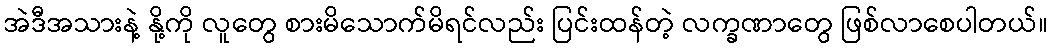
အဲဒီအသားနဲ့ နို့ကို လူတွေ စားမိသောက်မိရင်လည်း ပြင်းထန်တဲ့ လက္ခဏာတွေ ဖြစ်လာစေပါတယ်။